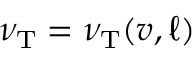
\nu _ { \mathrm { { T } } } = \nu _ { \mathrm { { T } } } ( v , \ell )